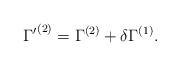
LaTeX: \begin{align*}{\Gamma'}^{(2)} = \Gamma^{(2)} + \delta \Gamma^{(1)}.\end{align*}